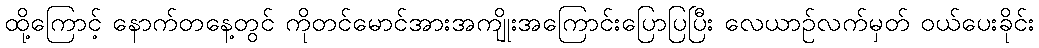
ထို့ကြောင့် နောက်တနေ့တွင် ကိုတင်မောင်အားအကျိုးအကြောင်းပြောပြပြီး လေယာဉ်လက်မှတ် ဝယ်ပေးခိုင်း